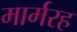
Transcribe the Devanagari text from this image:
मार्मरह